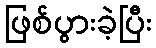
ဖြစ်ပွားခဲ့ပြီး